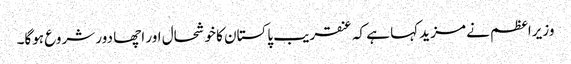
وزیراعظم نے مزید کہا ہے کہ عنقریب پاکستان کا خوشحال اور اچھا دور شروع ہوگا۔